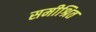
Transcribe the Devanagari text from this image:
समीश्रित